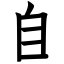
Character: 自